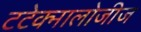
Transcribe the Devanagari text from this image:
टटेक्नालोजीज